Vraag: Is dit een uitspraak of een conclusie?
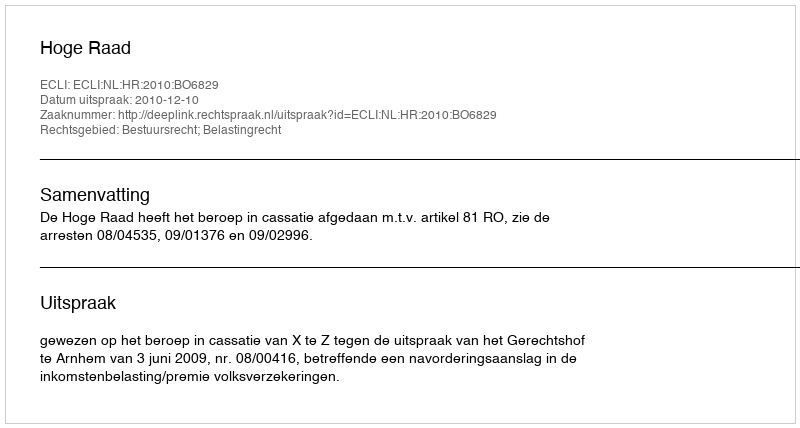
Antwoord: Uitspraak